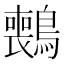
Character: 𫛑